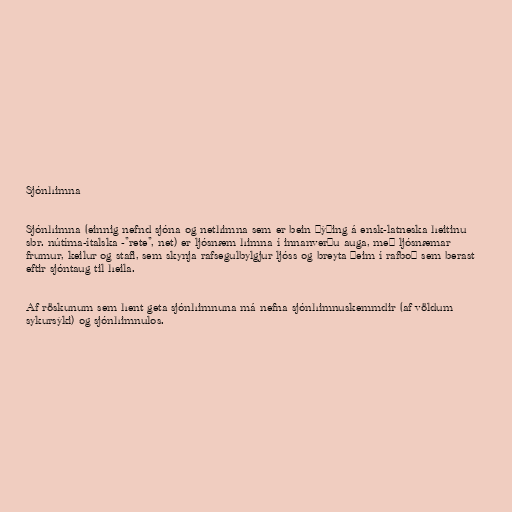
Sjónhimna

Sjónhimna (einnig nefnd sjóna og nethimna sem er bein þýðing á ensk-latneska heitinu
sbr. nútíma-ítalska -"rete", net) er ljósnæm himna í innanverðu auga, með ljósnæmar
frumur, keilur og stafi, sem skynja rafsegulbylgjur ljóss og breyta þeim í rafboð sem berast
eftir sjóntaug til heila.

Af röskunum sem hent geta sjónhimnuna má nefna sjónhimnuskemmdir (af völdum
sykursýki) og sjónhimnulos.